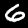
Label: 6